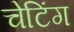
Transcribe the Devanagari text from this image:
चेटिंग